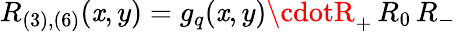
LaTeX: R_{(3),(6)}(\mathit{x},y)=g_{q}(\mathit{x},y)\cdotR_{+}\, R_{0}\, R_{-}